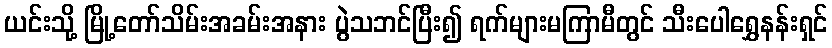
ယင်းသို့ မြို့တော်သိမ်းအခမ်းအနား ပွဲသဘင်ပြီး၍ ရက်များမကြာမီတွင် သီးပေါရွှေနန်းရှင်